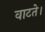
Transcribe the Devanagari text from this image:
वाटते।